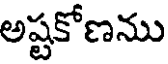
అష్టకోణను